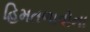
હિમતળાવોના